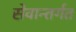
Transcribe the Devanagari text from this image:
सेवान्तर्गत